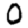
Digit: 0